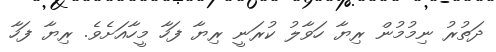
ދަތުރު ނިމުމުން ރިޔާ ހަވާލު ކުރަނީ ރިޔާ ފަހާ މީހާއަށެވެ. ރިޔާ ފަހާ